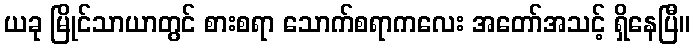
ယခု မြိုင်သာယာတွင် စားစရာ သောက်စရာကလေး အတော်အသင့် ရှိနေပြီ။